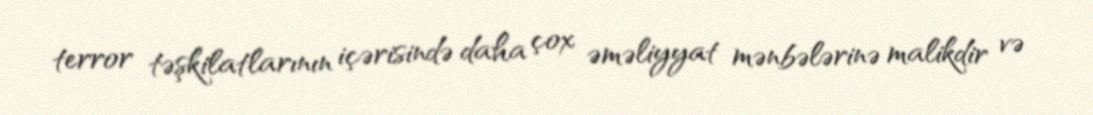
terror təşkilatlarının içərisində daha çox əməliyyat mənbələrinə malikdir və